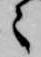
々